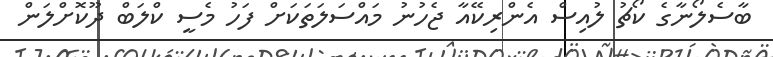
ބާސެލޯނާގެ ކޯޗު ލުއިސް އެންރިކޭއާ ޖެހުނު މައްސަލަތަކަށް ފަހު މެސީ ކްލަބް ދޫކޮށްލަން